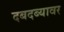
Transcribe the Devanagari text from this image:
दबदब्यावर